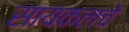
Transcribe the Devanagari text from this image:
सायकलचे